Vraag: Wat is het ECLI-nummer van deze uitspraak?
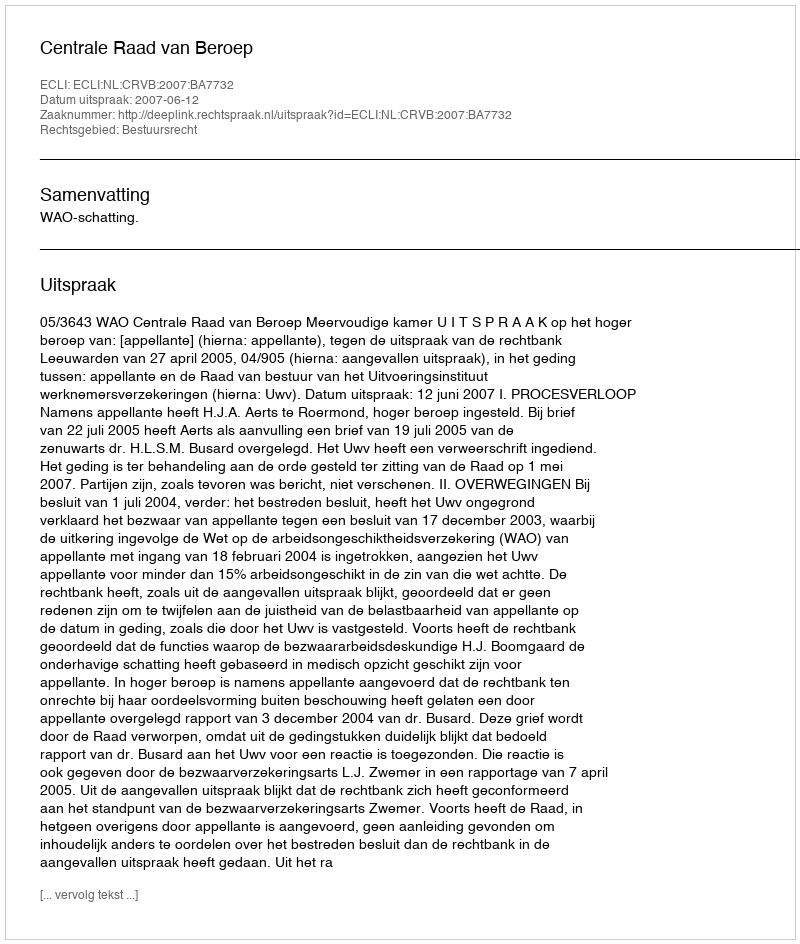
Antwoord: ECLI:NL:CRVB:2007:BA7732